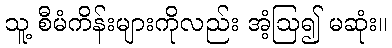
သူ့ စီမံကိန်းများကိုလည်း အံ့ဩ၍ မဆုံး။